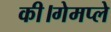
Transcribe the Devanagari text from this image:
की।गेमप्ले